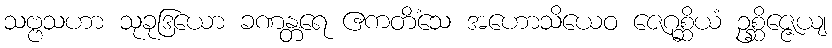
သဗ္ဗသဟာ သုခုဒြယော ခဏန္တရေ ဧကတိံသေ အဟောသိယေဝ ဇေဂုစ္ဆိယံ ဥစ္ဆိဇ္ဇေယျ